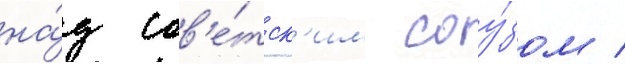
на́д сов'е́тск'им соу́зом /